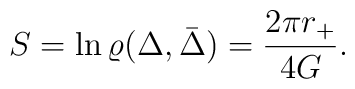
S=\ln\varrho(\Delta,\bar{\Delta})={2\pi r_+\over 4G}.